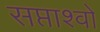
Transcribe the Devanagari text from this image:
सप्ताश्वो